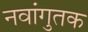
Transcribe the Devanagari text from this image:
नवांगुतक